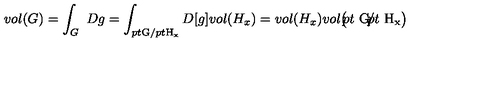
v o l ( G ) = \int _ { G } \ D g = \int _ { \raise 1 p t \mathrm { \scriptstyle G } / \lower 1 p t \mathrm { \scriptstyle H _ x } } D [ g ] v o l ( H _ { x } ) = v o l ( H _ { x } ) v o l \bigl ( \! \! \raise 4 p t \mathrm { \ G } \! / \! \! \! \lower 4 p t \mathrm { \ H _ x } \bigr )